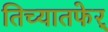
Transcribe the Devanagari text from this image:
तिच्यातफेर्